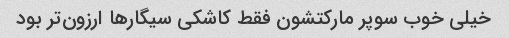
خیلی خوب سوپر مارکتشون فقط کاشکی سیگار‌ها ارزون‌تر بود